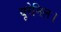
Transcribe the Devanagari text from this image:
यूरेसिल।